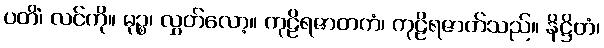
ပတိံ၊ လင်ကို။ မုဉ္စ၊ လွှတ်လော့။ ကုဠိရဇာတကံ၊ ကုဠိရဇာတ်သည်။ နိဋ္ဌိတံ၊